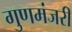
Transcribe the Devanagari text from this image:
गुणमंजरी